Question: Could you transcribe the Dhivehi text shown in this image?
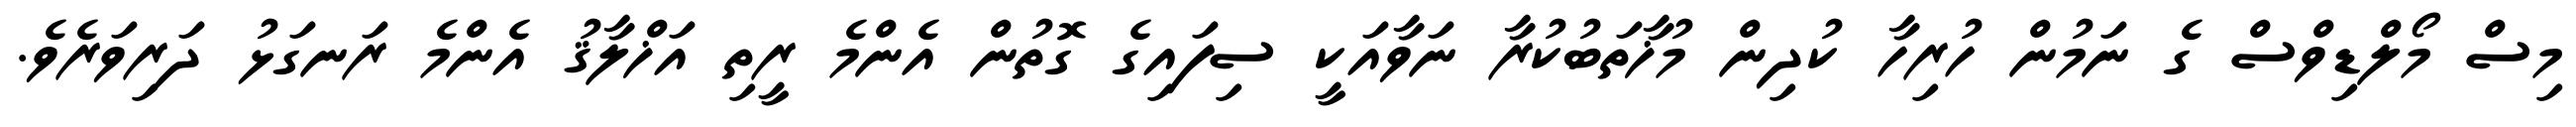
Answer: މިސް މޯލްޑިވްސް ގެ ނަމުން ހުރިހާ ކުދިން މުޚާތަބުކުރާ ނަވާއަކީ ސިފައިގެ ގޮތުން އެންމެ ރީތި އަޚްލާޤު އެންމެ ރަނގަޅު ދަރިވަރެވެ.